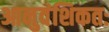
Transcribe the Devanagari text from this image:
आनुवंशिकतः